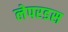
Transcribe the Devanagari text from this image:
लेपरडस